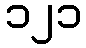
၁၂၁